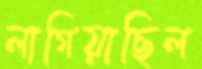
লাগিয়াছিল